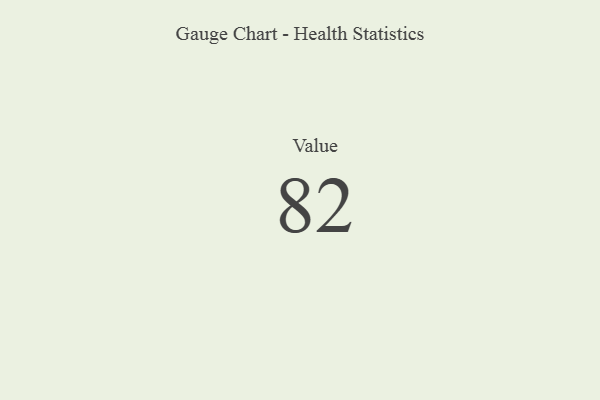
{"axis": {"x": "Metric", "y": "Value"}, "legend": [""], "data": [{"x": "Value", "y": 82, "type": ""}]}